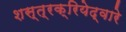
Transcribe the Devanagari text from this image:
शस्त्रक्रियेद्वारे